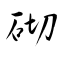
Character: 砌